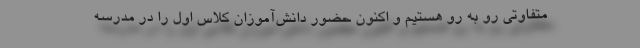
متفاوتی رو به رو هستیم و اکنون حضور دانش‌آموزان کلاس اول را در مدرسه